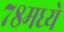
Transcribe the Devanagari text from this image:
७८मध्ये